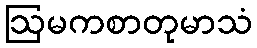
ဩမကစာတုမာသံ